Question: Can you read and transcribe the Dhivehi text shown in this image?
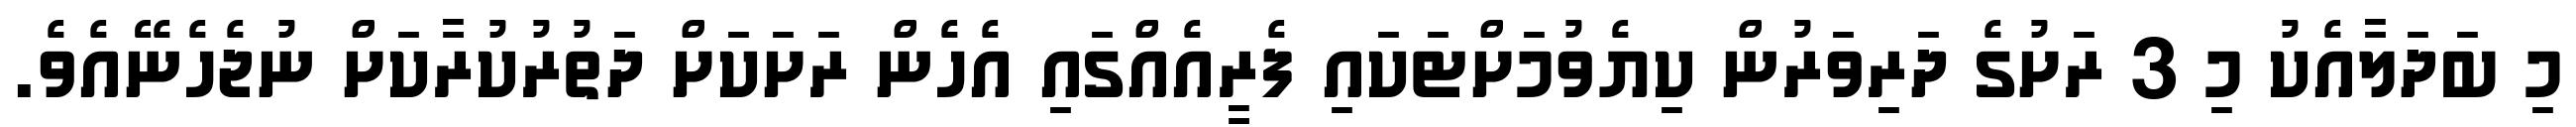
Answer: މި ބަދަލާއެކު މި 3 ރަށުގެ ދަރިވަރުން ކިޔެވުމަށްޓަކައި ފެރީއެއްގައި އެހެން ރަށަކަށް ދަތުރުކުރާކަށް ނުޖެހެނޭއެވެ.